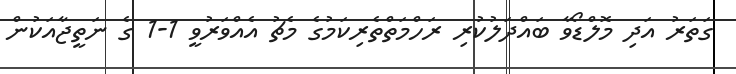
ގަތަރު އަދި މޮލްޑޯވާ ބައްދަލުކުރި ރަހްމަތްތެރިކަމުގެ މެޗު އެއްވަރުވީ 1-1 ގެ ނަތީޖާއަކުން